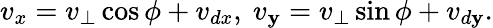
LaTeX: v_{x}=v_{\perp}\cos\phi+v_{dx},~v_{\mathbf{y}}=v_{\perp}\sin\phi+v_{d\mathbf{y}}.